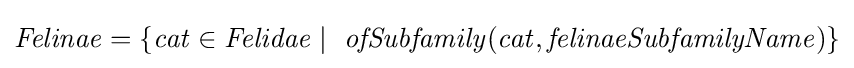
{\mathit {Felinae=\{cat\in Felidae\mid \ ofSubfamily(cat,felinaeSubfamilyName)\}}}